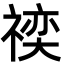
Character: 𬓍